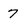
Character: 7